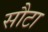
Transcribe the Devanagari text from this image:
सौटा